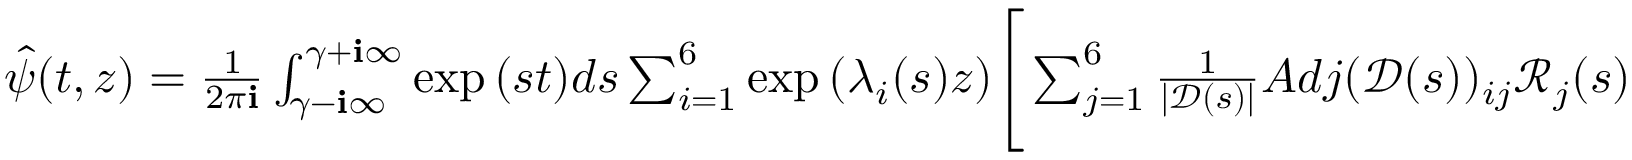
\begin{array} { r } { \hat { \psi } ( t , z ) = \frac { 1 } { 2 \pi \mathbf { i } } \int _ { \gamma - \mathbf { i } \infty } ^ { \gamma + \mathbf { i } \infty } \exp { ( s t ) } d s \sum _ { i = 1 } ^ { 6 } \exp { ( \lambda _ { i } ( s ) z ) } \Bigg [ \sum _ { j = 1 } ^ { 6 } \frac { 1 } { | \mathscr { D } ( s ) | } A d j ( \mathscr { D } ( s ) ) _ { i j } \mathscr { R } _ { j } ( s ) + \mathscr { E } _ { i } ( s ) I _ { i } ( s , z ) \Bigg ] . } \end{array}